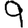
Digit: 9